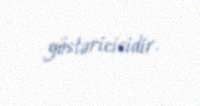
göstəricisidir.